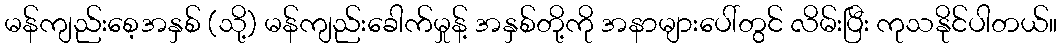
မန်ကျည်းစေ့အနှစ် (သို့) မန်ကျည်းခေါက်မှုန့် အနှစ်တို့ကို အနာများပေါ်တွင် လိမ်းပြီး ကုသနိုင်ပါတယ်။